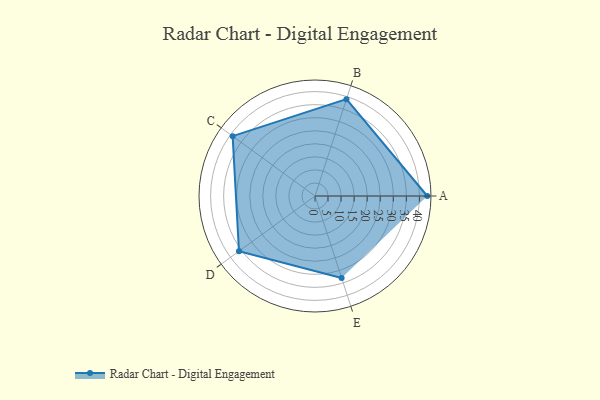
{"axis": {"x": "Skill", "y": "Score"}, "legend": ["Profile"], "data": [{"x": "A", "y": 43.0, "type": "Profile"}, {"x": "B", "y": 39.0, "type": "Profile"}, {"x": "C", "y": 39.0, "type": "Profile"}, {"x": "D", "y": 36.0, "type": "Profile"}, {"x": "E", "y": 33.0, "type": "Profile"}]}